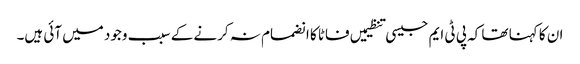
ان کا کہنا تھا کہ پی ٹی ایم جیسی تنظیمیں فاٹا کا انضمام نہ کرنے کے سبب وجود میں آئی ہیں۔